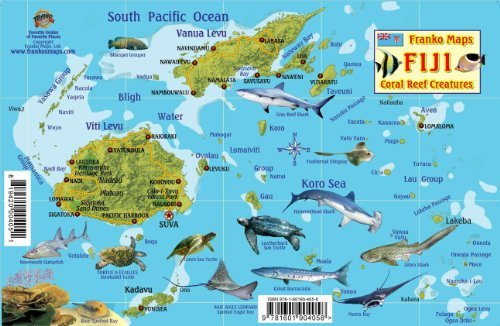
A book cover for By Franko Maps Ltd. Fiji Map & Reef Creatures Guide Franko Maps Laminated Fish Card [Map]; Travel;